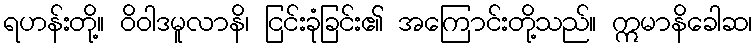
ရဟန်းတို့။ ဝိဝါဒမူလာနိ၊ ငြင်းခုံခြင်း၏ အကြောင်းတို့သည်။ ဣမာနိခေါဆ၊